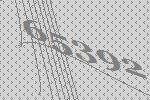
65392